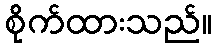
စိုက်ထားသည်။